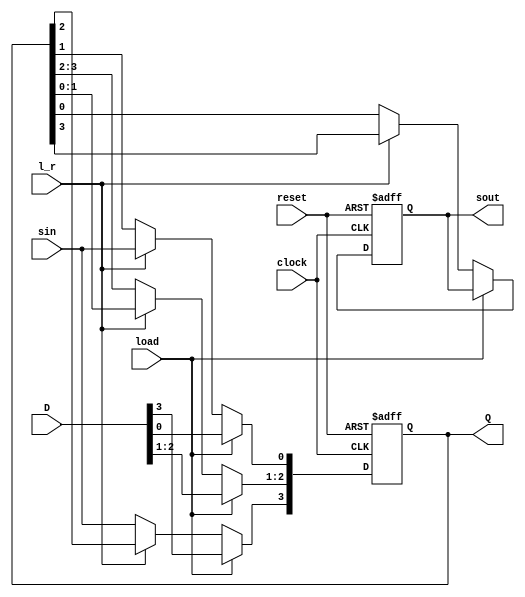
module shift_reg (
    input             reset,
    input             clock,
    input             sin,
    input             l_r,
    input             load,
    input      [3:0]  D,
    output reg [3:0]  Q,
    output reg        sout
);

initial begin
    Q = 4'd0;
    sout = 1'b0;
end

always@(posedge clock or posedge reset) begin
    if (reset) begin               // asynchronous reset
        Q <= 4'd0;
        sout <= 1'b0;
    end
    else if (load == 0) begin
        if (l_r == 1) begin         //  load == 0;  l_r == 1; shift left
            sout <= Q[3];
            Q[3:1] <= Q[2:0];
            Q[0] <= sin;
        end
        else if (l_r == 0) begin    //  load == 0;  l_r == 0; shift right
            sout <= Q[0];
            Q[3] <= sin;
            Q[2:0] <= Q[3:1];
        end
    end
    else if (load == 1) begin       //  load == 1;  parallel load
        Q <= D;
    end
end

endmodule